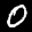
Label: 0